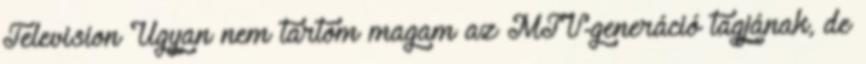
Television Ugyan nem tartom magam az MTV-generáció tagjának, de